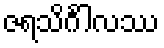
ဇရသိင်္ဂါလဿ